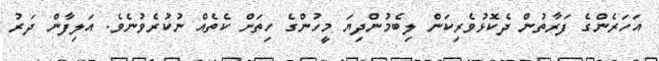
އަހަރެންގެ ފަރާތުން ދެކޮޅުވެރިކަން ލިބެމުންދިޔަ މީހުންގެ ހިތަށް ކެތެއް ނުކުރެވުނެވެ. އަލިފާން ދަރު